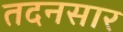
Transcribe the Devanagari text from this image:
तदनसार